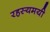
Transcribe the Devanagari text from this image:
रहस्‍यमयी